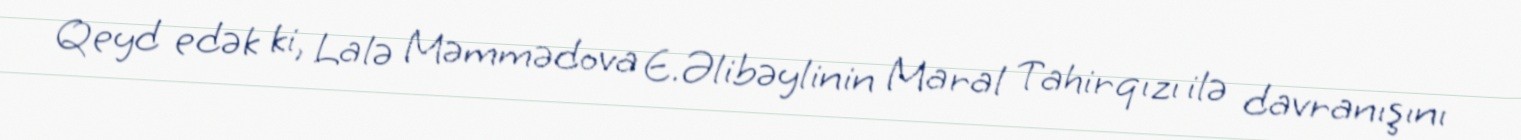
Qeyd edək ki, Lalə Məmmədova E.Əlibəylinin Maral Tahirqızı ilə davranışını